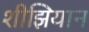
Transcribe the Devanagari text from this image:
शीझियान